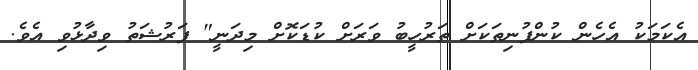
އެކަމަކު އެހެން ކުންފުނިތަކަށް ތަރުހީބު ވަރަށް ކުޑަކޮށް މިދަނީ" ފަރުޝަތު ވިދާޅުވި އެވެ.